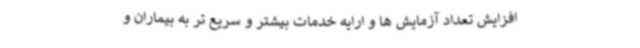
افزایش تعداد آزمایش ها و ارایه خدمات بیشتر و سریع تر به بیماران و